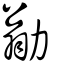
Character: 勜